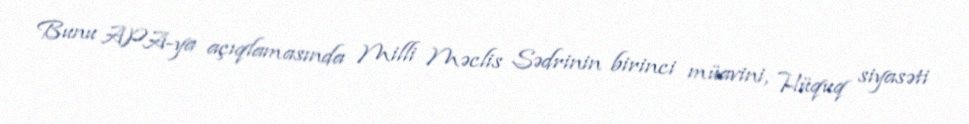
Bunu APA-ya açıqlamasında Milli Məclis Sədrinin birinci müavini, Hüquq siyasəti